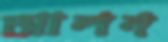
আলন